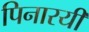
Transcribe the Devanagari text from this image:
पिनारयी